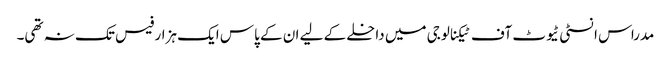
مدراس انسٹی ٹیوٹ آف ٹیکنالوجی میں داخلے کے لیے ان کے پاس ایک ہزار فیس تک نہ تھی۔